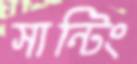
সান্টিং